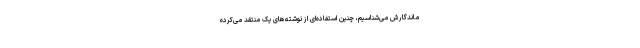
ماندگارش می‌شناسیم، چنین استفاده‌ای از نوشته‌های یک منتقد می‌کرده